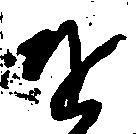
を